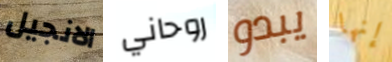
الانجيل روحاني يبدو إنها